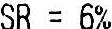
SR = 6%